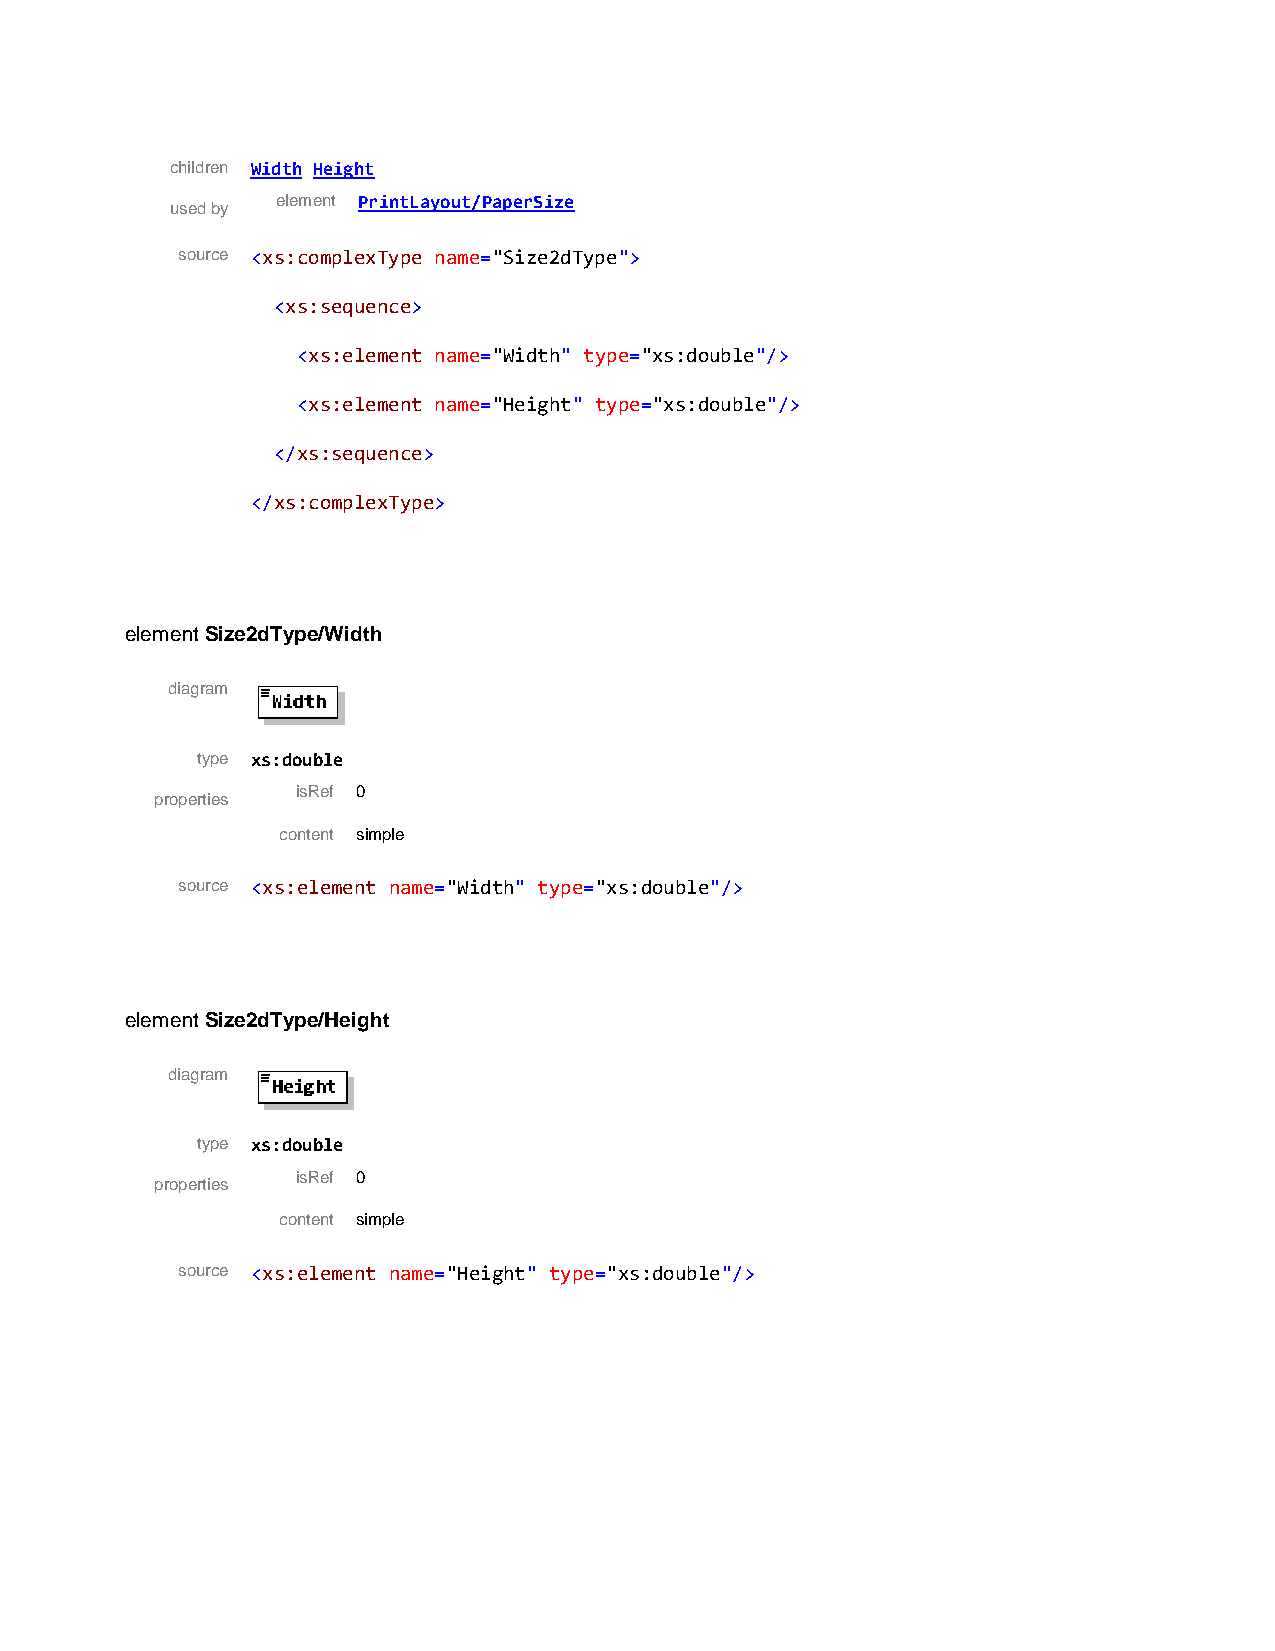
children Width Height
 element PrintLayout/PaperSize
 used by
 source <xs:complexType name="Size2dType">
 <xs:sequence>
 <xs:element name="Width" type="xs:double"/>
 <xs:element name="Height" type="xs:double"/>
 </xs:sequence>
 </xs:complexType>
 element Size2dType/Width
 diagram
 type xs:double
 isRef 0
 properties
 content simple
 source <xs:element name="Width" type="xs:double"/>
 element Size2dType/Height
 diagram
 type xs:double
 isRef 0
 properties
 content simple
 source <xs:element name="Height" type="xs:double"/>